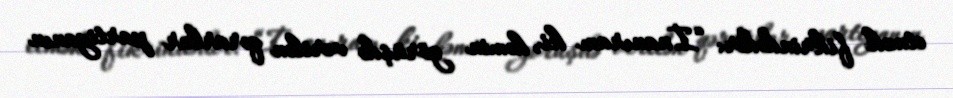
etmək fikrindədir: “İnanıram ki, həmin görüşdə verilən qərarlar partiyanın